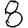
Digit: 8